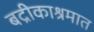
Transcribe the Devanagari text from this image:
बद्रीकाश्रमात